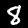
Label: 8